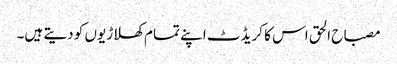
مصباح الحق اس کا کریڈٹ اپنے تمام کھلاڑیوں کو دیتے ہیں۔